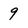
Character: 9